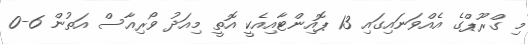
މި ގްރޫޕްގެ އެއްވަނައިގައި 13 ޕޮއިންޓާއިއެކީ އޮތީ މިއަދު ވޯރިއާސް އަތުން 6-0